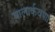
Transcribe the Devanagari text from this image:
बालार्कवणां